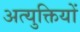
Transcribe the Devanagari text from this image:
अत्युक्तियों